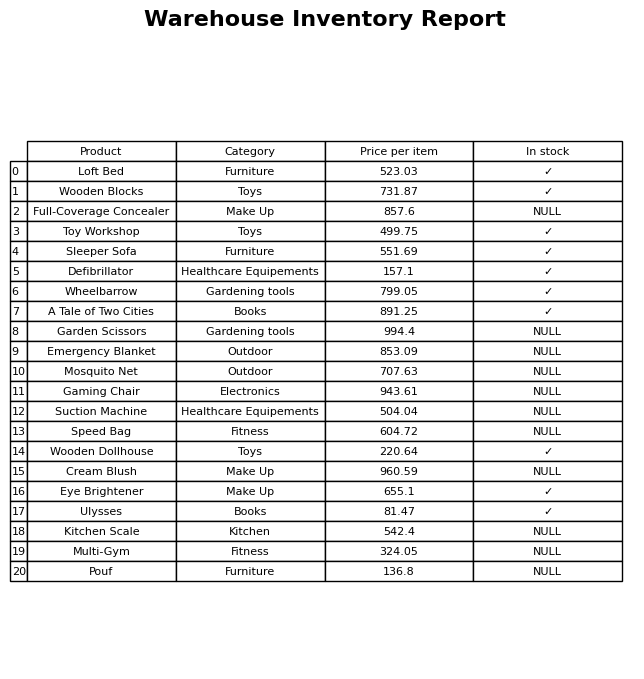
question: What is the price of the Wooden Blocks?
answer: The price of Wooden Blocks is 731.87.